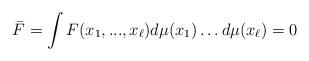
LaTeX: \begin{align*}\bar F=\int F(x_1,...,x_\ell)d\mu(x_1)\dots d\mu(x_\ell)=0\end{align*}